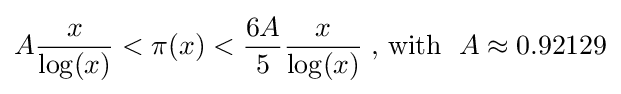
A{\frac {x}{\log(x)}}<\pi (x)<{\frac {6A}{5}}{\frac {x}{\log(x)}}\;{\text{, with }}\;A\approx 0.92129